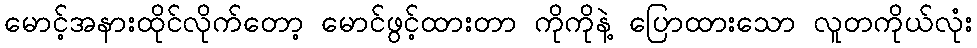
မောင့်အနားထိုင်လိုက်တော့ မောင်ဖွင့်ထားတာ ကိုကိုနဲ့ ပြောထားသော လူတကိုယ်လုံး